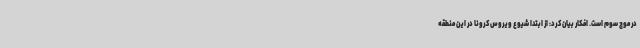
در موج سوم است. افکار بیان کرد: از ابتدا شیوع ویروس کرونا در این منطقه